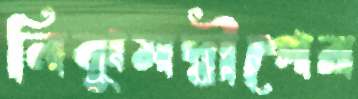
নিঝুমদ্বীপের